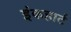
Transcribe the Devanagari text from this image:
इंकहार्ट